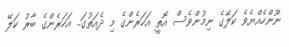
ނޫންހެއްޔެވެ ކަލޭގެ ނިމުންވެސް އޮތީ އަހަރެންގެ މި ދެއަތުގަ.. އަހަރެންގެ ބާރު ކަލޭ